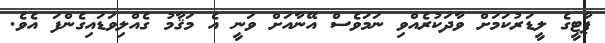
ޕާޓީގެ ލީޑަރުކަމަށް ވާދަކުރެއްވި ނަމަވެސް އޭނާއަށް ވަނީ އެ މަޤާމު ގެއްލިވަޑައިގެންފަ އެވެ.